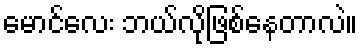
မောင်လေး ဘယ်လိုဖြစ်နေတာလဲ။